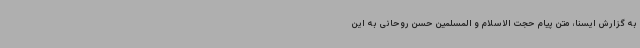
به گزارش ایسنا، متن پیام حجت الاسلام و المسلمین حسن روحانی به این